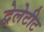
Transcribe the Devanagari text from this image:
द्वेलेटीट